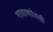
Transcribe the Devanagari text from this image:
गावाभाोवती